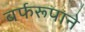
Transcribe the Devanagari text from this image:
बर्फरूपाने